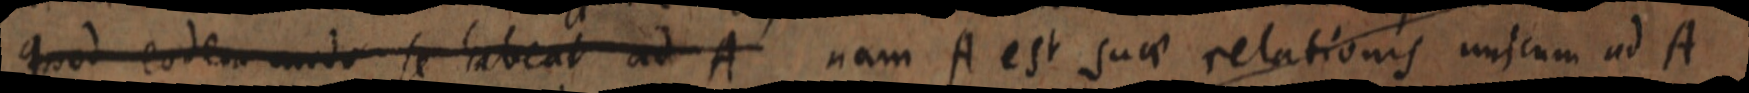
quod eodem modo se habeat ad A nam A est suae relationis unicum ad A